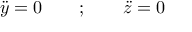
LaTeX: { \ddot { y } } = 0 \qquad ; \qquad { \ddot { z } } = 0